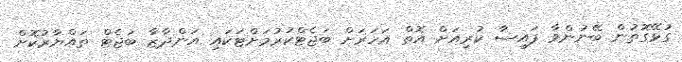
ގުޅޭގޮތުން ބޭނުންވާ ފައިސާ ކުރިއަށް އޮތް އަހަރަށް ބަޖެޓްކުރުމަށްޓަކައި އަންދާޒާ ބަޖެޓް ތައްޔާރުކޮށް